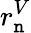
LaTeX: r_{\mathtt{n}}^{V}